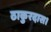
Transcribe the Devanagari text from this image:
ठाकुरदास।